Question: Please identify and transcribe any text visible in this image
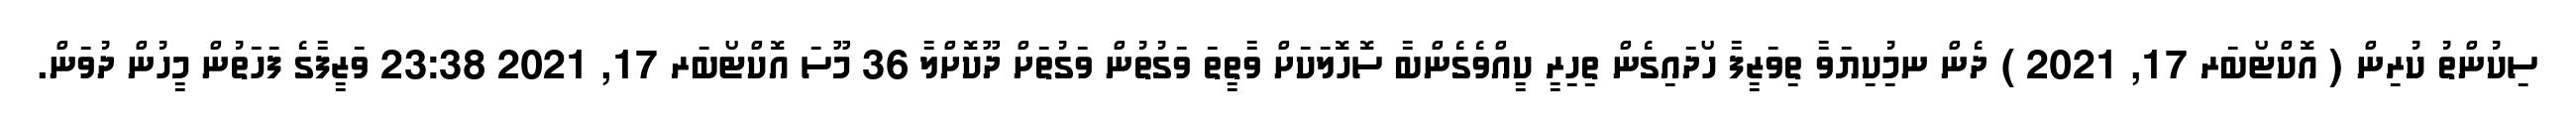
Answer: ސިކުންތު ކުރިން ( އޮކްޓޯބަރ 17, 2021 ) ދެން ނމުިކިޔަވާ ތިވަޒީފާ ހޯދައިގެން ތިހިރީ ކީއްވެގެންބާ ސޮހޮލަކަށް ވާތީތަ ވަގުތުން ވަގުތަށް ދޫކޮށްލާ 36 މޫސަ އޮކްޓޯބަރ 17, 2021 23:38 ވަޒީފާގެ ފަހަތުން މީހުން ދުވަން.